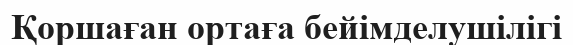
Қоршаған ортаға бейімделушілігі